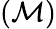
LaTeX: (\mathcal{M})